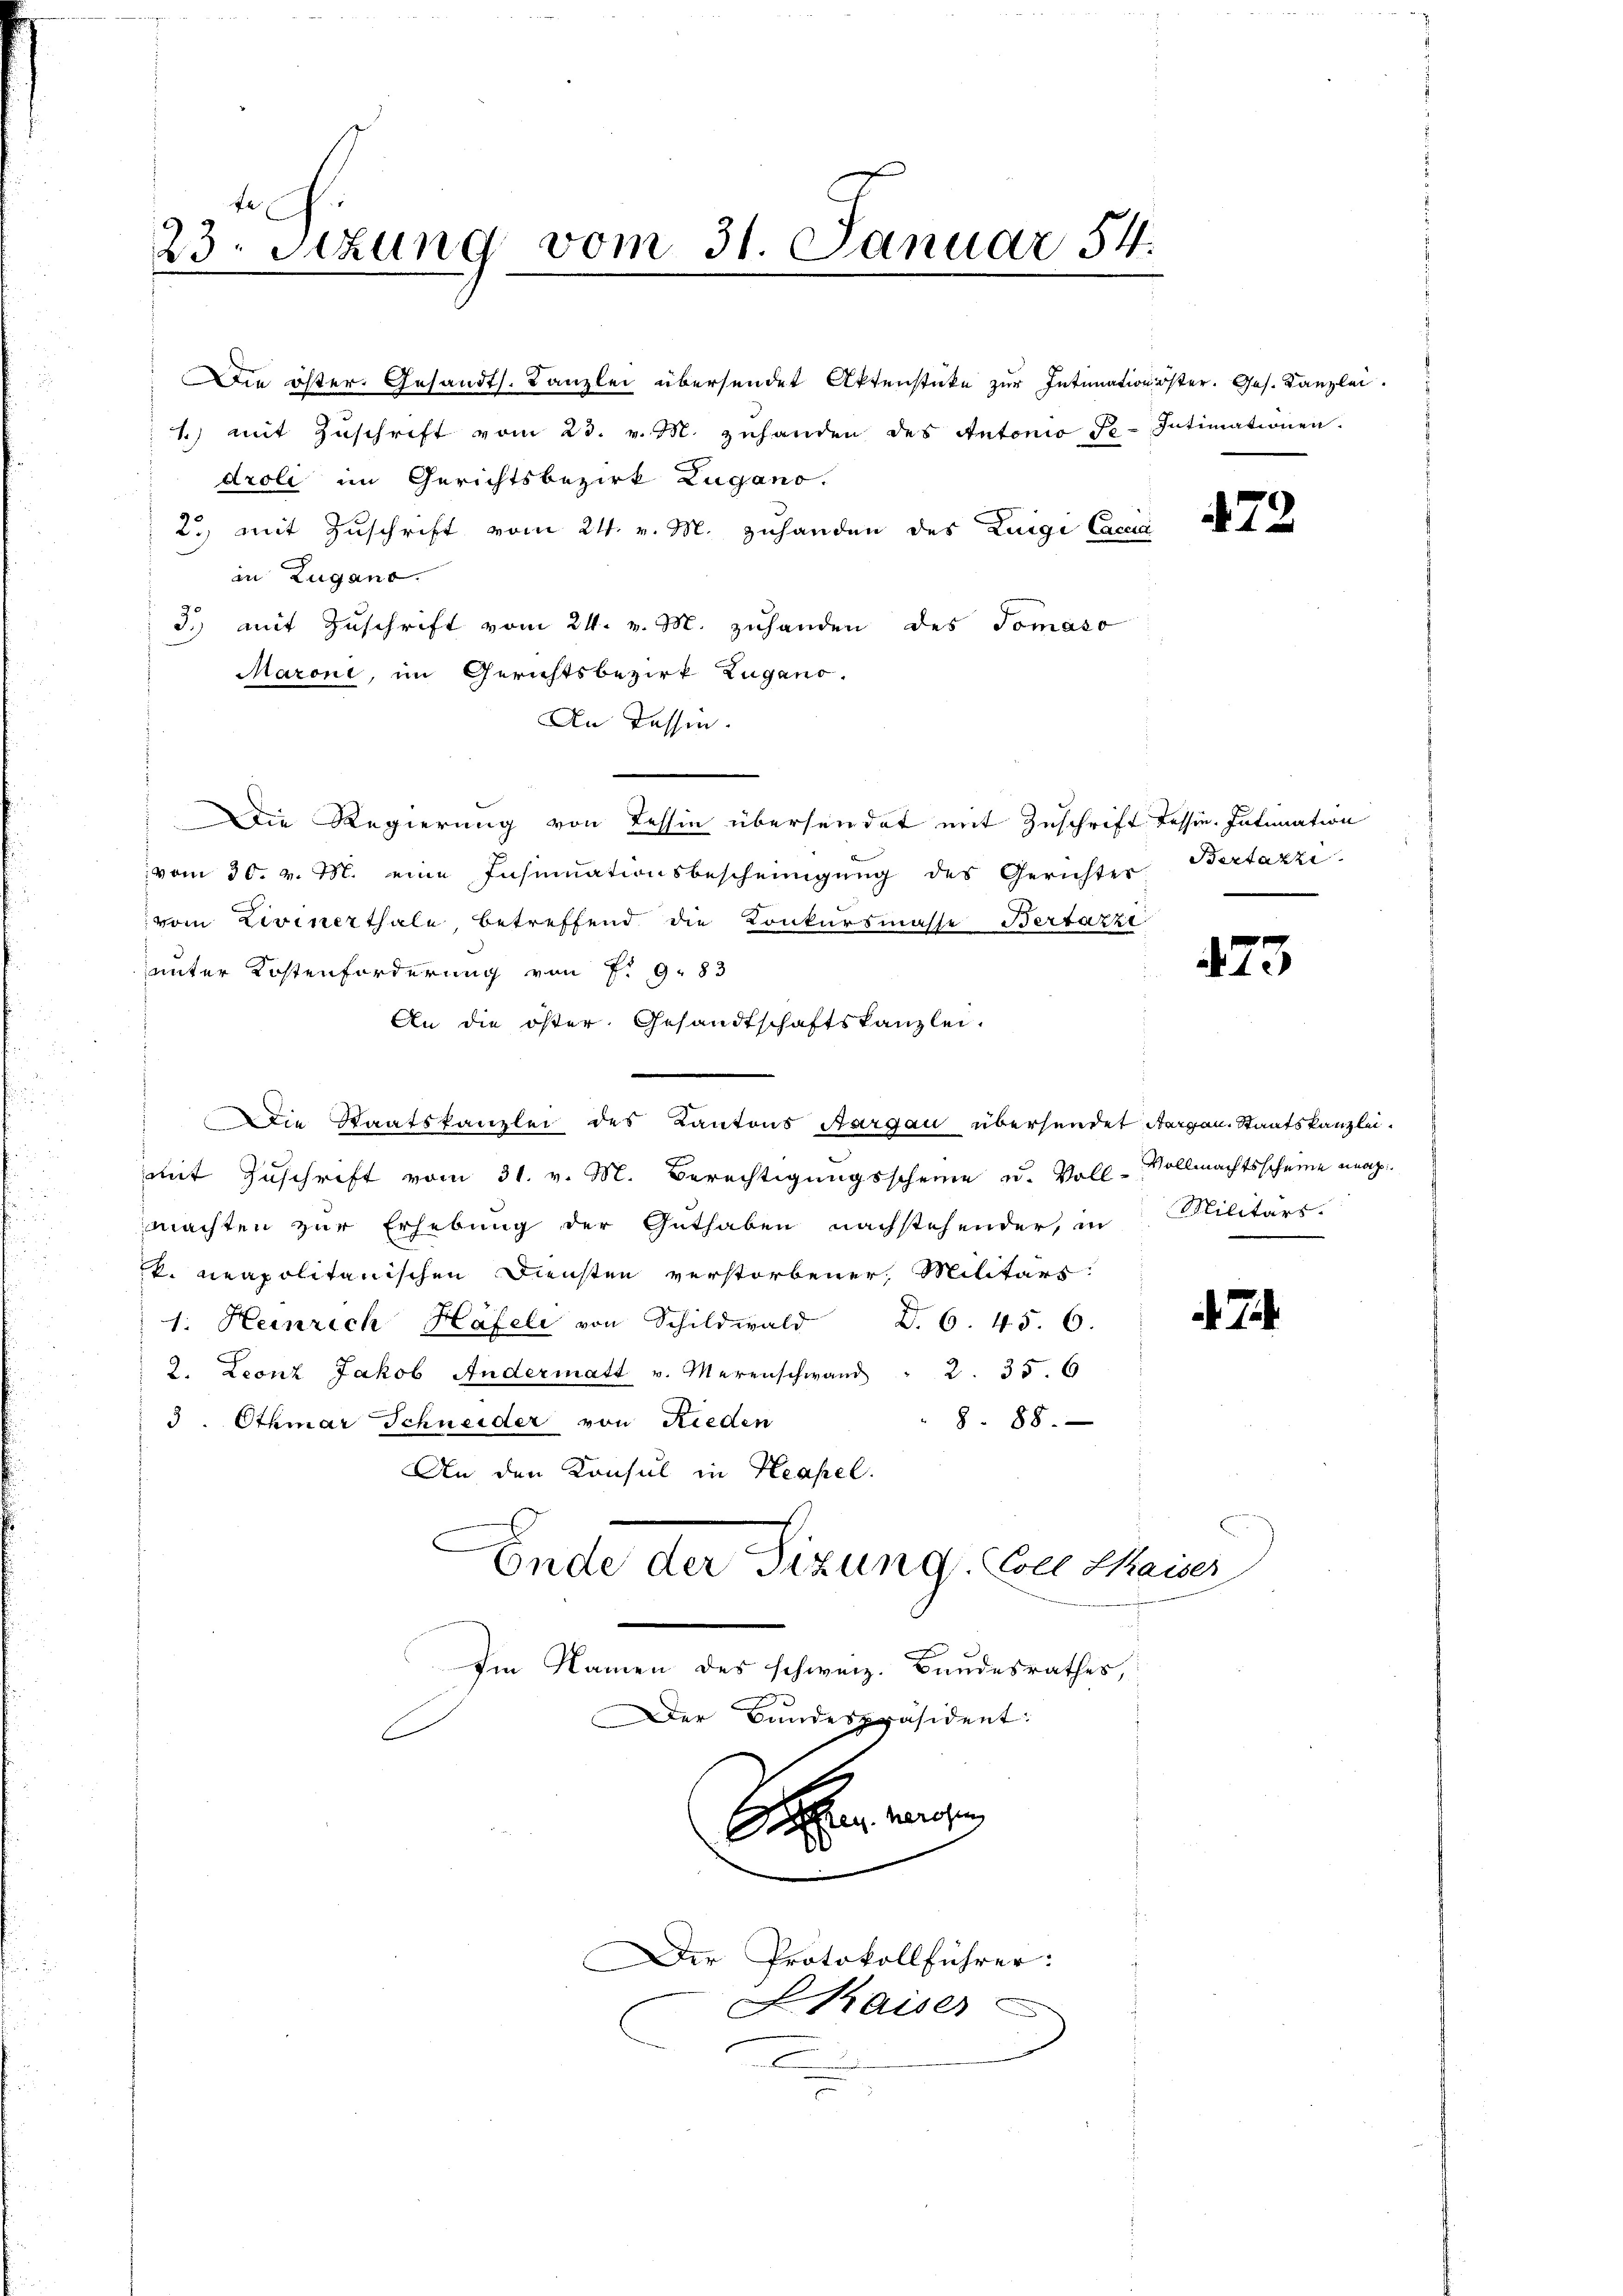
te
23. Sitzung vom 31. Januar 54.

Die öster. Gesandts. Kanzlei übersendet Aktenstücke zur Intimation öster. Ges. Kanzlei.
1.) mit Zŭschrift vom 23. v. M. zuhanden des Antonio f.- Intimationen.
droli im Gerichtsbezirk Zugano.
2.) mit Zuschrift vom 24. v. M. zuhanden des Luigi Caccia
in Zugano.
3. mit Zuschrift vom 24. v. M. zuhanden des Tomaso
Maroni, im Gerichtsbezirk Zugano.
An Tessin.
Die Regierung von Tessin übersendet mit Zuschrift dessen. Intimation
vom 30. v. M. eine Insinuationsbescheinigung des Gerichter
vom Livinerthale, betreffend die Konkursmasse Bertarzi
unter Kostenforderung von P. 983
An die öster. Gesandtschaftskanzlei.
 Die Staatskanzlei des Kantons Aargau übersendet Aargau. Staatskanzlei.
mit Zuschrift vom 31. v. M. Berechtigungsscheine u. Voll-Vollmachtsscheine mag.
machten zur Erhebung der Guthaben nachstehender, in Militärs.
k. neapolitanischen Diensten verstorbener, Militärs.
1. Heinrich Häfeli von Schildwald d. 6. 45. 6.
2. Leonz Jakob Andermatt v. Merenschwand " 2. 35. 6
3. Othmar Schneider von Rieden
8. 88.
An den Konsul in Neapel.
Ende der Sizung Coce Kaiser
Im Namen des schweiz. Bundesrathes,
Der Bandespräsident:
Achen wissen
d
Der Protokollführer:
LKaiser

Bertazzi

472

475